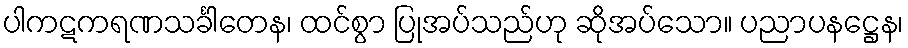
ပါကဋကရဏသင်္ခါတေန၊ ထင်စွာ ပြုအပ်သည်ဟု ဆိုအပ်သော။ ပညာပနဋ္ဌေန၊